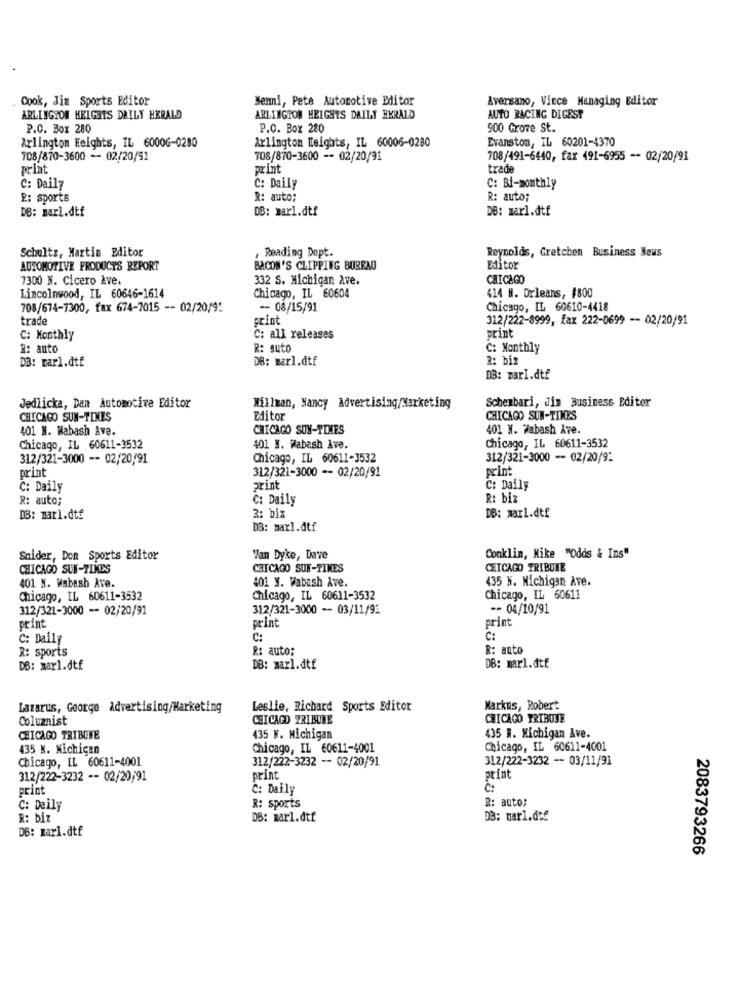
Cook, Jim Sports Editor
Menni, Pete Automotive Editor
Aversano, Vince Managing Editor
ARLINGTON HEIGHTS DAILY HERALD
ARLINGTON HEIGHTS DAILY HERALD
AUTO RACING DIGEST
P.O. Box 280
P.O. Box 280
900 Grove St.
Arlington Heights, IL 60006-0280
Arlington Heights, IL 60006-0280
Evanston, IL 60201-4370
708/870-3600 -- 02/20/91
708/870-3600 -- 02/20/91
708/491-6440, fax 491-6955 -- 02/20/91
print
print
trade
C: Daily
C: Daily
C: Bi-monthly
E: sports
R: auto:
R: auto;
DB: marl.dtf
DB: marl.dtf
DB: marl.dtf
Schultz, Martin Editor
, Reading Dept.
Reynolds, Gretchen Business News
AUTOMOTIVE PRODUCTS REPORT
BACON'S CLIPPING BUREAU
Editor
7300 N. Cicero Ave.
332 S. Michigan Ave.
CHICAGO
Lincolnwood, IL 60646-1614
414 M. Orleans, #800
Chicago, IL 60604
708/674-7300, fax 674-7015 -- 02/20/91
-- 08/15/91
Chicago, IL 60610-4418
trade
print
312/222-8999, fax 222-0699 -- 02/20/91
print
C: Monthly
C: all releases
R: anto
R: suto
C: Monthly
DB: marl.dtf
DB: marl.dtf
2: biz
DB: marl.dtf
Schenbari, Jim Business Editor
Jedlicka, Dan Automotive Editor
Millman, Nancy Advertising/Marketing
CHICAGO SUN-TIMES
Editor
CHICAGO SUN-TIMES
401 N. Wabash Ave.
CHICAGO SUN-TIMES
401 N. Wabash Ave.
Chicago, IL 60611-3532
401 N. Wabash Ave.
Chicago, IL 60611-3532
312/321-3000 -- 02/20/91
Chicago, IL 60611-3532
312/321-3000 -- 02/20/92
312/321-3000 -- 02/20/91
print
print
C: Daily
print
C: Daily
R: auto;
C: Daily
R: biz
DB: marl.dtf
DB: marl.dtf
2: biz
DB: maxl.dtf
Snider, Don Sports Editor
'Van Dyke, Dave
Conklin, Mike "Odds & Ins"
CHICAGO SUN-TIMES
CHICAGO SUN-TIMES
CHICAGO TRIBUNE
401 Y. Wabash Ave.
435 N. Michigan Ave.
401 N. Wabash Ave.
Chicago, IL 60611-3532
Chicago, IL 60611-3532
Chicago, IL 60611
312/321-3000 -- 02/20/91
312/321-3000 - 03/11/91
-- 04/10/91
print
print
print
C: Daily
C:
C:
R: sports
R: auto;
R: auto
DB: marl.dtf
DB: marl.dtf
DB: marl.dtf
Lazarus, George Advertising/Marketing
Leslie, Richard Sports Editor
Markus, Robert
Columnist
CHICAGO TRIBUNE
CHICAGO TRIBUNE
CHICAGO TRIBUNE
435 W. Michigan
435 W. Michigan Ave.
435 N. Nichican
Chicago, IL 60611-4001
Chicago, IL 60611-4001
Chicago, IL 60611-4001
312/222-3232 -- 02/20/91
312/222-3232 -- 03/11/91
312/222-3232 -- 02/20;91
print
print
print
C: Daily
R: auto;
C: Daily
R: sports
R: biz
DB: marl.dtf
DB: mar1.dte
DB: marl.dtf
2083793266